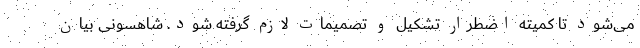
می‌شود تا کمیته اضطرار تشکیل و تصمیمات لازم گرفته شود. شاهسونی بیان